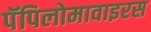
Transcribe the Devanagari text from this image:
पॅपिलोमावाइरस